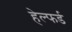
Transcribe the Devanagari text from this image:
हेल्फर्ड